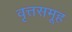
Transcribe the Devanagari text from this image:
वृत्तसमूह